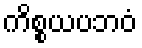
ကိစ္စယပဘဝံ